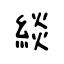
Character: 緂